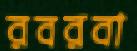
রবরবা